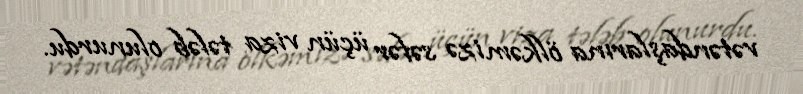
vətəndaşlarına ölkəmizə səfər üçün viza tələb olunurdu.